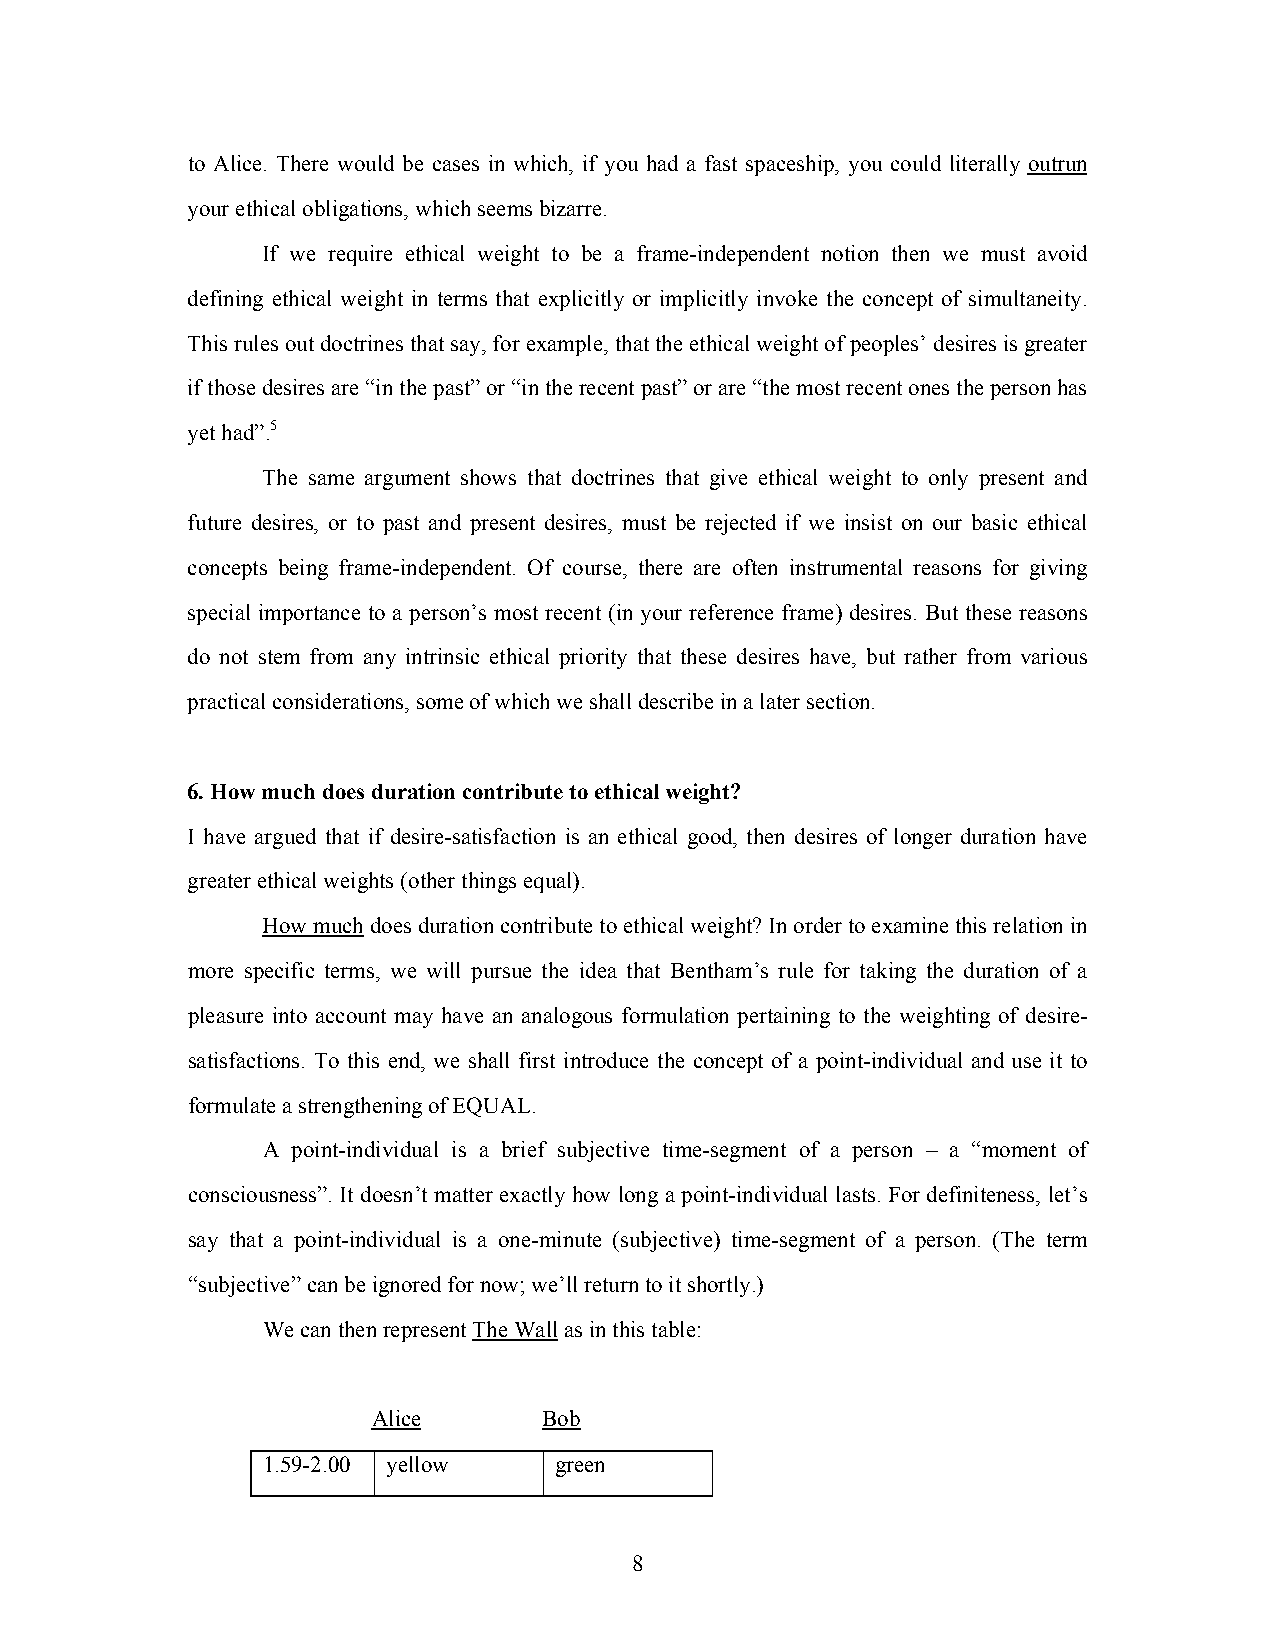
to Alice. There would be cases in which, if you had a fast spaceship, you could literally outrun
 your ethical obligations, which seems bizarre.
 If we require ethical weight to be a frame-independent notion then we must avoid
 defining ethical weight in terms that explicitly or implicitly invoke the concept of simultaneity.
 This rules out doctrines that say, for example, that the ethical weight of peoples’ desires is greater
 if those desires are “in the past” or “in the recent past” or are “the most recent ones the person has
 yet had”.5
 The same argument shows that doctrines that give ethical weight to only present and
 future desires, or to past and present desires, must be rejected if we insist on our basic ethical
 concepts being frame-independent. Of course, there are often instrumental reasons for giving
 special importance to a person’s most recent (in your reference frame) desires. But these reasons
 do not stem from any intrinsic ethical priority that these desires have, but rather from various
 practical considerations, some of which we shall describe in a later section.
 6. How much does duration contribute to ethical weight?
 I have argued that if desire-satisfaction is an ethical good, then desires of longer duration have
 greater ethical weights (other things equal).
 How much does duration contribute to ethical weight? In order to examine this relation in
 more specific terms, we will pursue the idea that Bentham’s rule for taking the duration of a
 pleasure into account may have an analogous formulation pertaining to the weighting of desire-
 satisfactions. To this end, we shall first introduce the concept of a point-individual and use it to
 formulate a strengthening of EQUAL.
 A point-individual is a brief subjective time-segment of a person – a “moment of
 consciousness”. It doesn’t matter exactly how long a point-individual lasts. For definiteness, let’s
 say that a point-individual is a one-minute (subjective) time-segment of a person. (The term
 “subjective” can be ignored for now; we’ll return to it shortly.)
 We can then represent The Wall as in this table:
 Alice      Bob
 1.59-2.00 yellow    green
 8